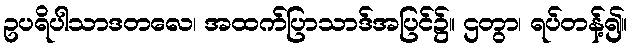
ဥပရိပါသာဒတလေ၊ အထက်ပြာသာဒ်အပြင်၌။ ဌတွာ၊ ရပ်တန့်၍။